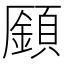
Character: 𩔟